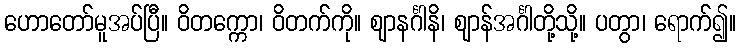
ဟောတော်မူအပ်ပြီ။ ဝိတက္ကော၊ ဝိတက်ကို။ ဈာနင်္ဂါနိ၊ ဈာန်အင်္ဂါတို့သို့။ ပတွာ၊ ရောက်၍။